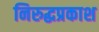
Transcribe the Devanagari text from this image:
निरुद्धप्रकाश